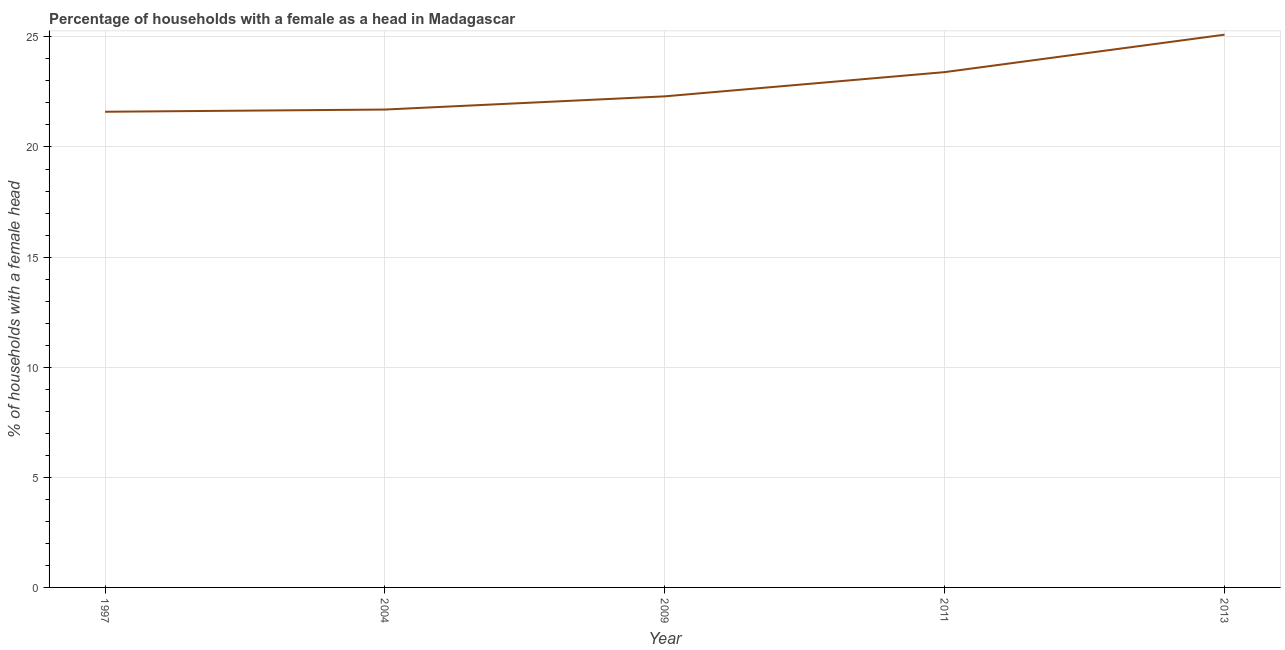
| Year | Female headed households |
 | --- | --- |
 | 1997 | 21.6 |
 | 2004 | 21.7 |
 | 2009 | 22.3 |
 | 2011 | 23.4 |
 | 2013 | 25.1 |